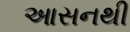
આસનથી